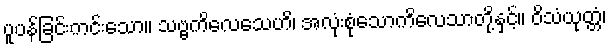
ပူပန်ခြင်းကင်းသော။ သဗ္ဗကိလေသေဟိ၊ အလုံးစုံသောကိလေသာတို့နှင့်။ ဝိသံယုတ္တံ၊